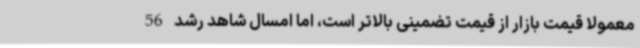
معمولا قیمت بازار از قیمت تضمینی بالاتر است، اما امسال شاهد رشد 56